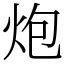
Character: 炮